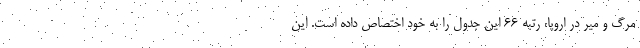
مرگ و میر در اروپا، رتبه 66 این جدول را به خود اختصاص داده است. این